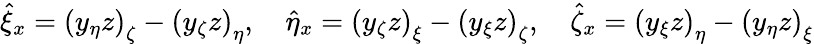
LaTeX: \hat{\xi}_{x}=\left(y_{\eta}z\right)_{\zeta}-\left(y_{\zeta}z\right)_{\eta},\quad\hat{\eta}_{x}=\left(y_{\zeta}z\right)_{\xi}-\left(y_{\xi}z\right)_{\zeta},\quad\hat{\zeta}_{x}=\left(y_{\xi}z\right)_{\eta}-\left(y_{\eta}z\right)_{\xi}